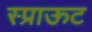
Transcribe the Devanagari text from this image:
स्प्राऊट